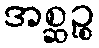
အစ္ဆဉ္စ